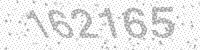
Solution: 162165